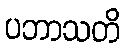
ပဘာသတိ